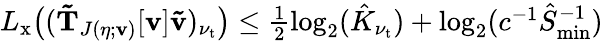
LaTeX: \begin{array}{r}{L_{\mathrm{x}}\bigl((\mathbf{\tilde{T}}_{J(\eta;\mathbf{v})}[\mathbf{v}]\mathbf{\tilde{v}})_{\nu_{\mathrm{t}}}\bigr)\leq\frac{1}{2}\log_{2}(\hat{K}_{\nu_{\mathrm{t}}})+\log_{2}(c^{-1}\hat{S}_{\operatorname*{min}}^{-1})}\end{array}